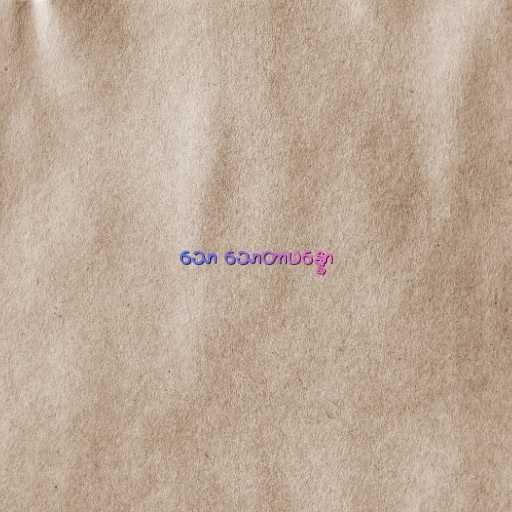
သော သောတာပန္နော